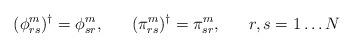
LaTeX: \begin{align*}(\phi^{m}_{rs})^{\dagger}=\phi^{m}_{sr}, \;\;\;\;\;\; (\pi^{m}_{rs})^{\dagger}=\pi^{m}_{sr},\;\;\;\;\;\; r,s = 1 \ldots N\end{align*}